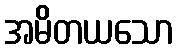
အမိတယသော